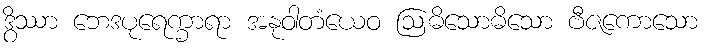
ဒွိဿာ ဘေဒပုရေက္ခာရာ အနုဝါတံယေဝ ဩဓိသောဓိသော ဗီဇကောသော